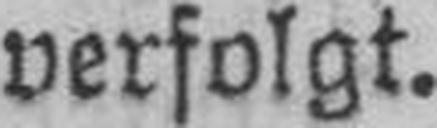
verfolgt.